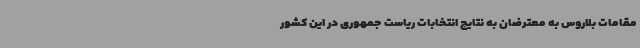
مقامات بلاروس به معترضان به نتایج انتخابات ریاست جمهوری در این کشور